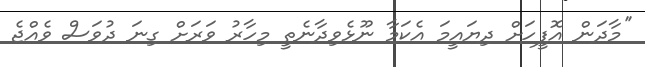
''މާދަން އޮފީހަށް ދިޔައީމަ އެކަމާ ނޫޅެވިދާނެތީ މިހާރު ވަރަށް ގިނަ ދުވަސް ވެއްޖެ